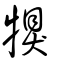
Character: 犑